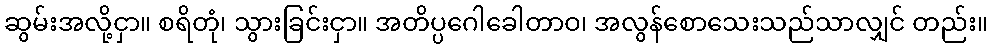
ဆွမ်းအလို့ငှာ။ စရိတုံ၊ သွားခြင်းငှာ။ အတိပ္ပဂေါခေါတာဝ၊ အလွန်စောသေးသည်သာလျှင် တည်း။